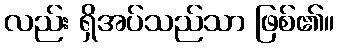
လည်း ရှိအပ်သည်သာ ဖြစ်၏။